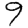
Digit: 9